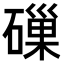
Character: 𥕘